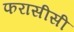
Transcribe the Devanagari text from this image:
फरासीसी